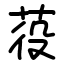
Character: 䓈